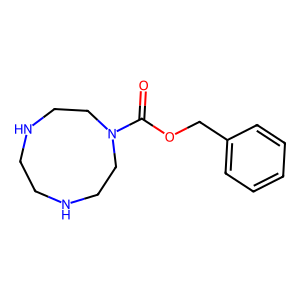
SMILES: O=C(OCc1ccccc1)N1CCNCCNCC1
Inhibits HIV replication: No